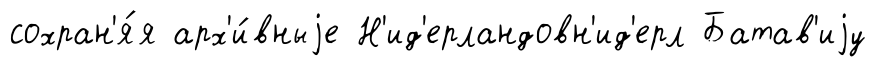
сохран'я́я арх'и́вныjе Н'ид'ерландовн'ид'ерл Батав'иjу